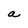
Character: a